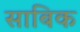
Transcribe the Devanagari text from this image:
साबिक